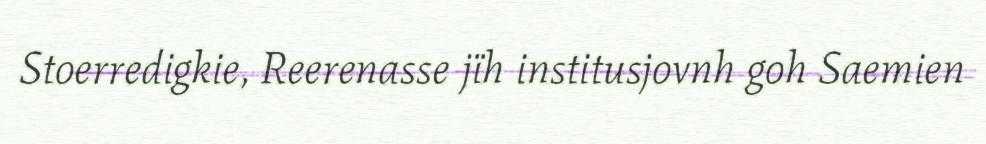
Stoerredigkie, Reerenasse jïh institusjovnh goh Saemien